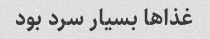
غذاها بسیار سرد بود